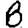
Digit: 8